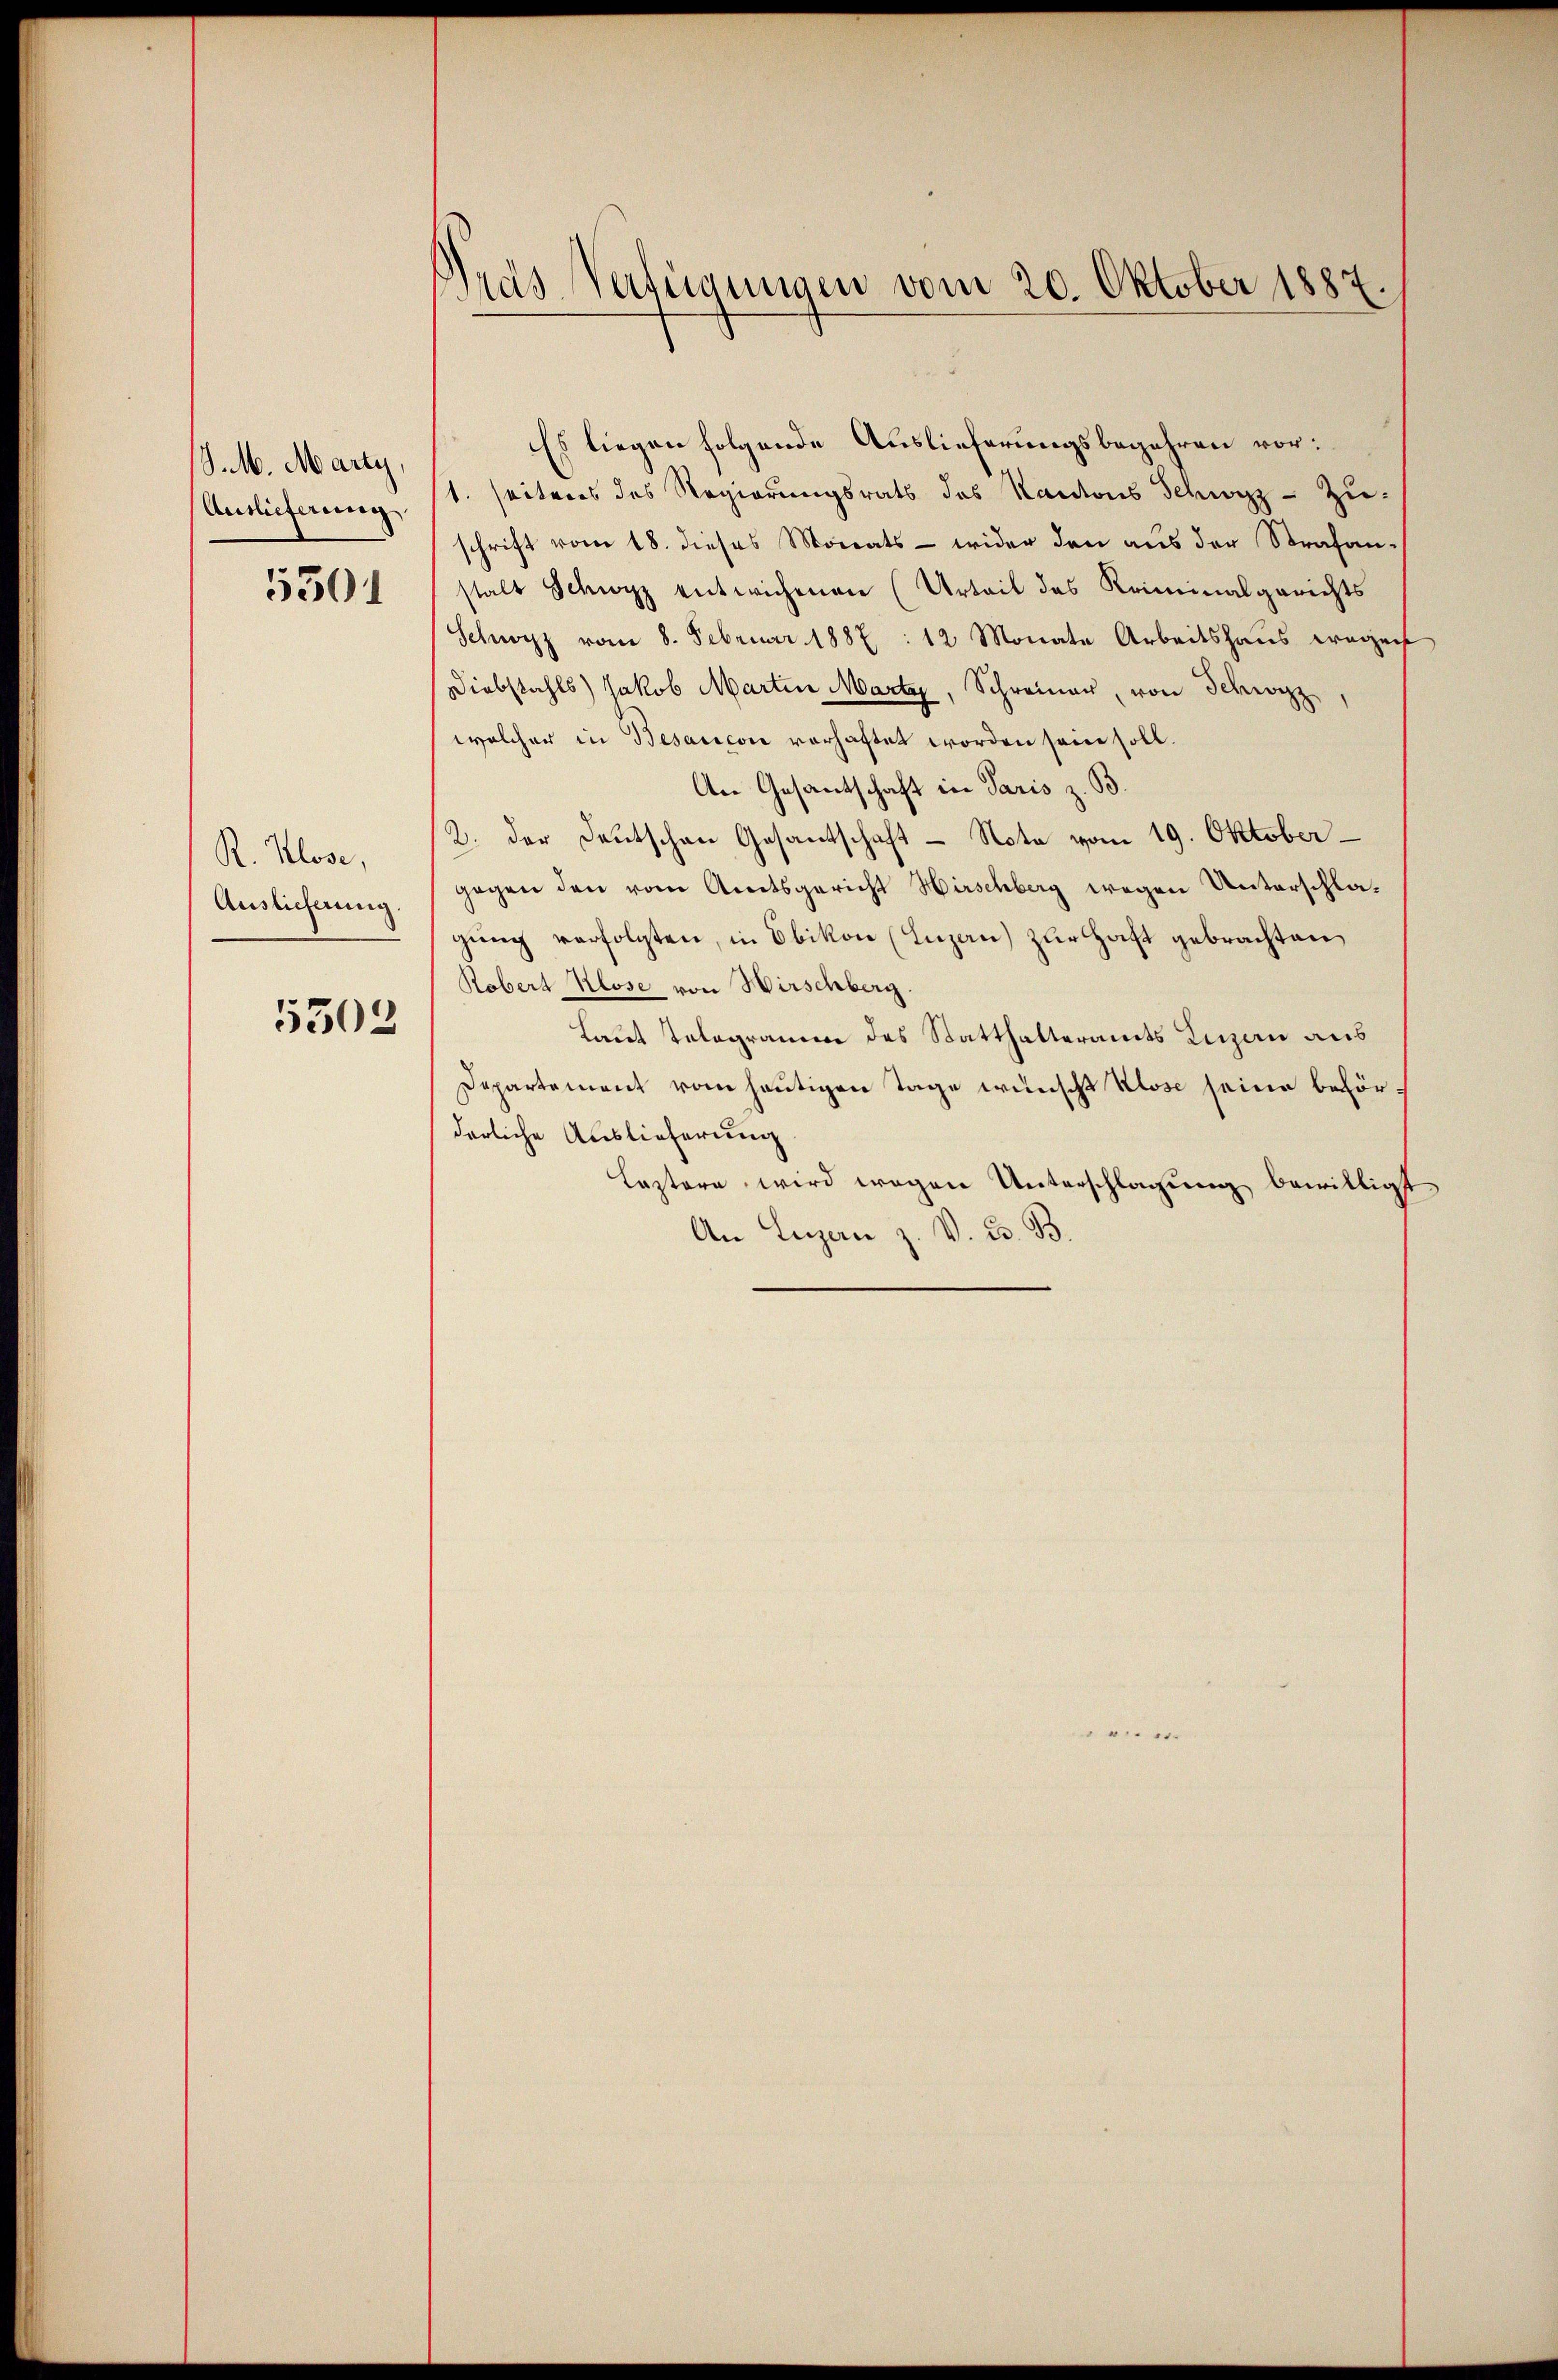
J.M. Marty,
Auslieferung

5301

R. Klose,
Auslieferung.

5503

Nras Verfügungen vom 20. Oktober 1887.

Es liegen folgende Auslieferungsbegehren vor:
1. Seiteres des Regierungsrats des Kantons Schwyz - Zu-
schrift vom 18. dieses Monats - wider den aus der Strafanstalt Schwyz entwichenen (Urteil des Kriminalgerichts
Schwarz vom 8. Februar 1887 : 12 Monate Arbeitshaus wegen
Diebstahls) Jakob Martin Marter, Schreiner, von Schwyz,
welcher in Besaricon vorhaftet worden sein soll.
An Gesantschaft in Paris z. B.
2. der Deutschen Gesantschaft - Nota vom 19. Oktober
gegen den vom Amtsgericht Hirschberg wegen Unterschlagŭng verfolgten, in Obikon (Luzan) zur Haft gebrachten
Robert Klose von Hirschberg
Laut Relegramme des Statthalteramts Luzern aus
Departement vom heutigen Tage wünscht Klose seine beförderliche Auslieferung
Leztere, wird wegen Unterschlagung bewilligt
An Luzern z. V. B. B.